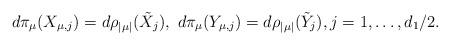
LaTeX: \begin{align*}d\pi_\mu(X_{\mu,j})=d\rho_{|\mu|}(\tilde X_j), \ d\pi_\mu(Y_{\mu,j})=d\rho_{|\mu|}(\tilde Y_j), j=1,\dots, d_1/2.\end{align*}